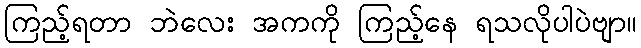
ကြည့်ရတာ ဘဲလေး အကကို ကြည့်နေ ရသလိုပါပဲဗျာ။